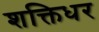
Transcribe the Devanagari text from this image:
शक्तिधर